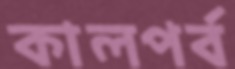
কালপর্ব